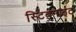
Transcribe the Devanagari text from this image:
स्टिबनाइट